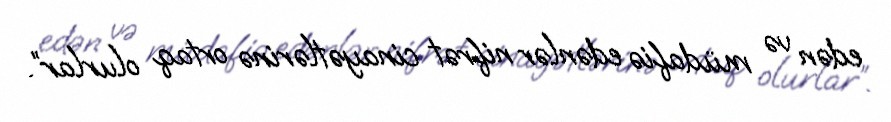
edən və müdafiə edənlər nifrət cinayətlərinə ortaq olurlar”.